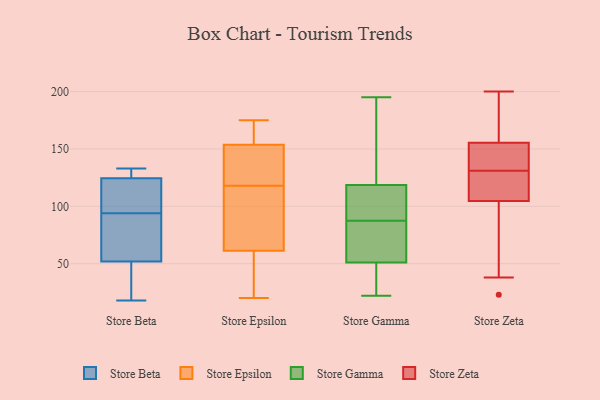
{"axis": {"x": "Energy Usage (MWh)", "y": "Value"}, "legend": ["Store Beta", "Store Epsilon", "Store Gamma", "Store Zeta"], "data": [{"x": "", "y": 71, "type": "Store Beta"}, {"x": "", "y": 18, "type": "Store Beta"}, {"x": "", "y": 124, "type": "Store Beta"}, {"x": "", "y": 125, "type": "Store Beta"}, {"x": "", "y": 26, "type": "Store Beta"}, {"x": "", "y": 82, "type": "Store Beta"}, {"x": "", "y": 106, "type": "Store Beta"}, {"x": "", "y": 116, "type": "Store Beta"}, {"x": "", "y": 44, "type": "Store Beta"}, {"x": "", "y": 60, "type": "Store Beta"}, {"x": "", "y": 133, "type": "Store Beta"}, {"x": "", "y": 131, "type": "Store Beta"}, {"x": "", "y": 30, "type": "Store Epsilon"}, {"x": "", "y": 118, "type": "Store Epsilon"}, {"x": "", "y": 92, "type": "Store Epsilon"}, {"x": "", "y": 59, "type": "Store Epsilon"}, {"x": "", "y": 131, "type": "Store Epsilon"}, {"x": "", "y": 170, "type": "Store Epsilon"}, {"x": "", "y": 118, "type": "Store Epsilon"}, {"x": "", "y": 62, "type": "Store Epsilon"}, {"x": "", "y": 89, "type": "Store Epsilon"}, {"x": "", "y": 107, "type": "Store Epsilon"}, {"x": "", "y": 173, "type": "Store Epsilon"}, {"x": "", "y": 20, "type": "Store Epsilon"}, {"x": "", "y": 162, "type": "Store Epsilon"}, {"x": "", "y": 140, "type": "Store Epsilon"}, {"x": "", "y": 175, "type": "Store Epsilon"}, {"x": "", "y": 151, "type": "Store Epsilon"}, {"x": "", "y": 34, "type": "Store Epsilon"}, {"x": "", "y": 96, "type": "Store Gamma"}, {"x": "", "y": 114, "type": "Store Gamma"}, {"x": "", "y": 54, "type": "Store Gamma"}, {"x": "", "y": 115, "type": "Store Gamma"}, {"x": "", "y": 32, "type": "Store Gamma"}, {"x": "", "y": 79, "type": "Store Gamma"}, {"x": "", "y": 119, "type": "Store Gamma"}, {"x": "", "y": 48, "type": "Store Gamma"}, {"x": "", "y": 195, "type": "Store Gamma"}, {"x": "", "y": 181, "type": "Store Gamma"}, {"x": "", "y": 134, "type": "Store Gamma"}, {"x": "", "y": 56, "type": "Store Gamma"}, {"x": "", "y": 118, "type": "Store Gamma"}, {"x": "", "y": 79, "type": "Store Gamma"}, {"x": "", "y": 22, "type": "Store Gamma"}, {"x": "", "y": 43, "type": "Store Gamma"}, {"x": "", "y": 70, "type": "Store Zeta"}, {"x": "", "y": 23, "type": "Store Zeta"}, {"x": "", "y": 200, "type": "Store Zeta"}, {"x": "", "y": 154, "type": "Store Zeta"}, {"x": "", "y": 131, "type": "Store Zeta"}, {"x": "", "y": 158, "type": "Store Zeta"}, {"x": "", "y": 151, "type": "Store Zeta"}, {"x": "", "y": 156, "type": "Store Zeta"}, {"x": "", "y": 98, "type": "Store Zeta"}, {"x": "", "y": 181, "type": "Store Zeta"}, {"x": "", "y": 148, "type": "Store Zeta"}, {"x": "", "y": 154, "type": "Store Zeta"}, {"x": "", "y": 116, "type": "Store Zeta"}, {"x": "", "y": 104, "type": "Store Zeta"}, {"x": "", "y": 38, "type": "Store Zeta"}, {"x": "", "y": 107, "type": "Store Zeta"}, {"x": "", "y": 108, "type": "Store Zeta"}, {"x": "", "y": 110, "type": "Store Zeta"}, {"x": "", "y": 182, "type": "Store Zeta"}]}